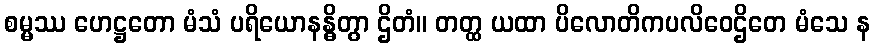
စမ္မဿ ဟေဋ္ဌတော မံသံ ပရိယောနန္ဓိတွာ ဌိတံ။ တတ္ထ ယထာ ပိလောတိကပလိဝေဌိတေ မံသေ န